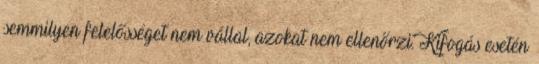
semmilyen felelősséget nem vállal, azokat nem ellenőrzi. Kifogás esetén